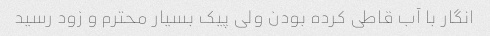
انگار با آب قاطی کرده بودن ولی پیک بسیار محترم و زود رسید